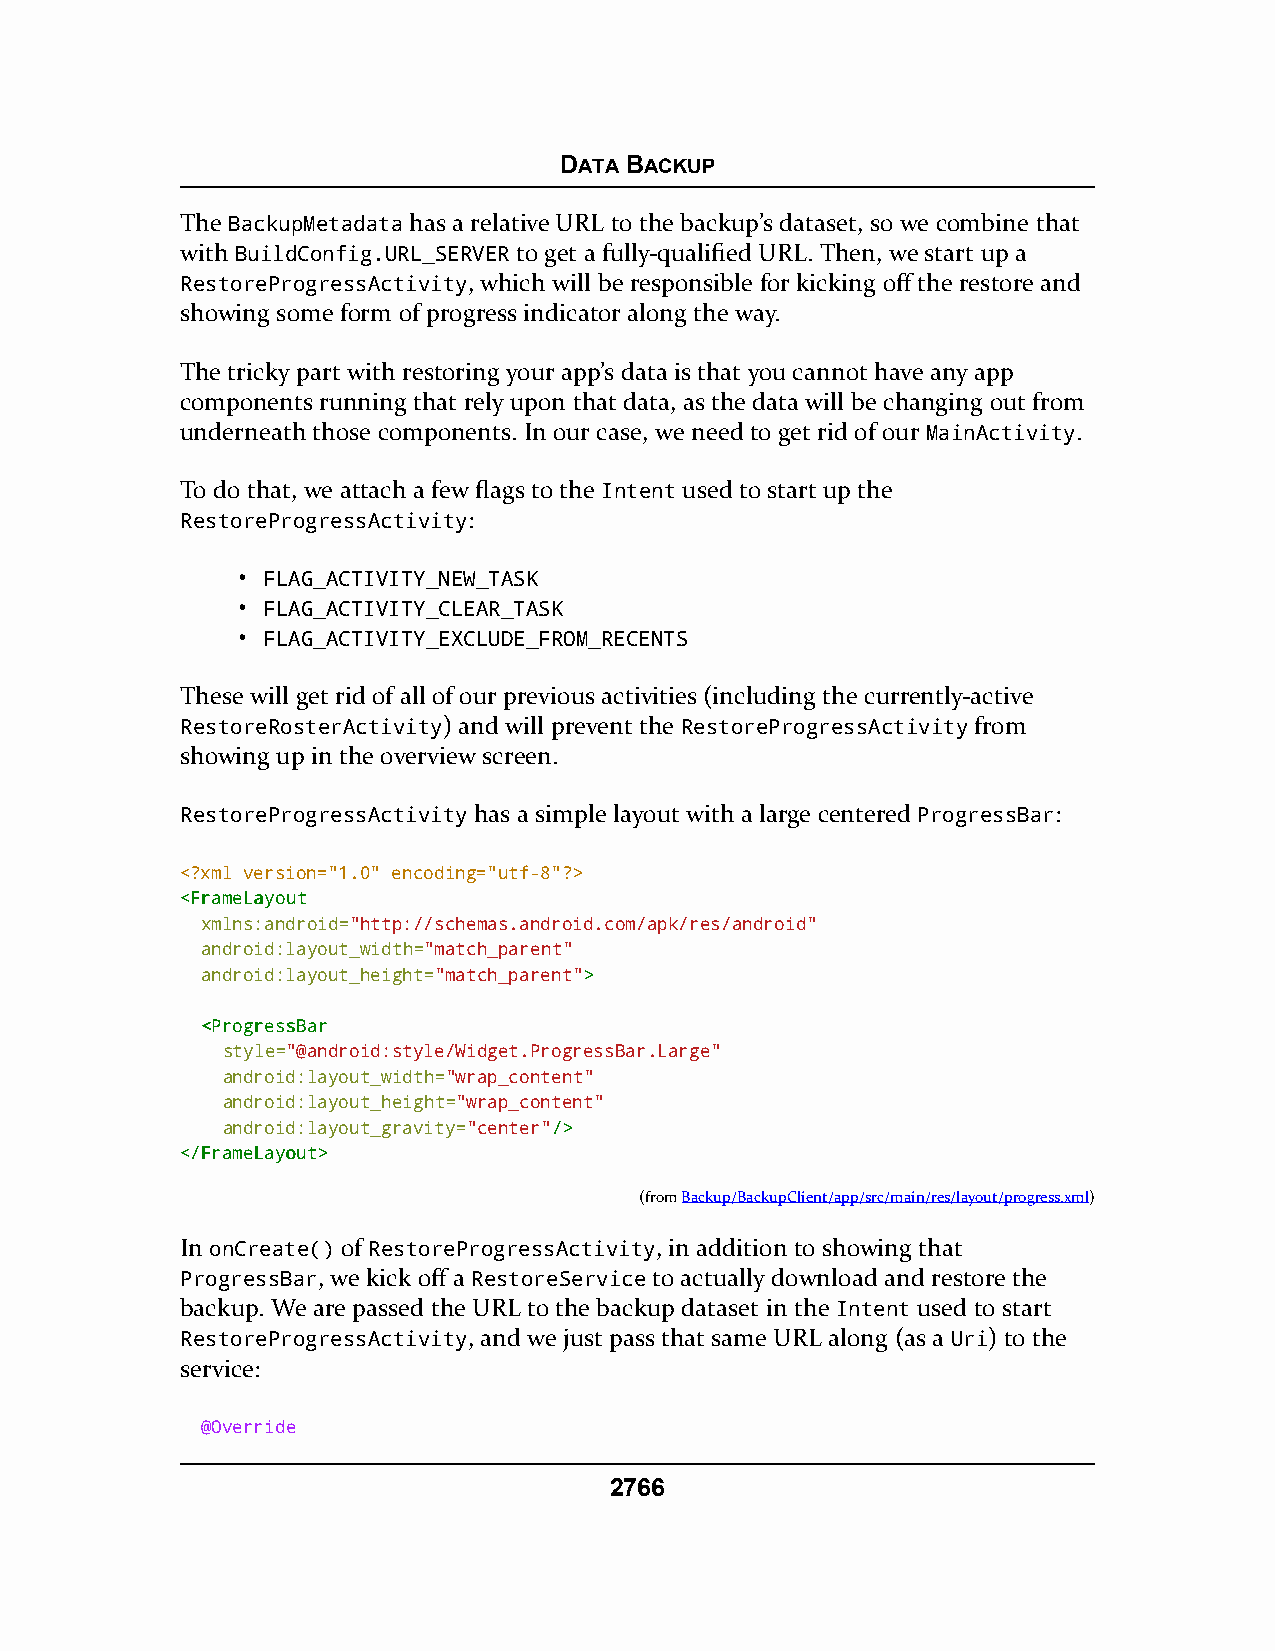
DATA BACKUP
 The BackupMetadata has a relative URL to the backup’s dataset, so we combine that
 with BuildConfig.URL_SERVER to get a fully-qualified URL. Then, we start up a
 RestoreProgressActivity, which will be responsible for kicking off the restore and
 showing some form of progress indicator along the way.
 The tricky part with restoring your app’s data is that you cannot have any app
 components running that rely upon that data, as the data will be changing out from
 underneath those components. In our case, we need to get rid of our MainActivity.
 To do that, we attach a few flags to the Intent used to start up the
 RestoreProgressActivity:
 • FLAG_ACTIVITY_NEW_TASK
 • FLAG_ACTIVITY_CLEAR_TASK
 • FLAG_ACTIVITY_EXCLUDE_FROM_RECENTS
 These will get rid of all of our previous activities (including the currently-active
 RestoreRosterActivity) and will prevent the RestoreProgressActivity from
 showing up in the overview screen.
 RestoreProgressActivity has a simple layout with a large centered ProgressBar:
 <?xml version="1.0" encoding="utf-8"?>
 <<FFrraammeeLLaayyoouutt
 xmlns:android="http://schemas.android.com/apk/res/android"
 android:layout_width="match_parent"
 android:layout_height="match_parent">>
 <<PPrrooggrreessssBBaarr
 style="@android:style/Widget.ProgressBar.Large"
 android:layout_width="wrap_content"
 android:layout_height="wrap_content"
 android:layout_gravity="center"//>>
 <<//FFrraammeeLLaayyoouutt>>
 (fromBackup/BackupClient/app/src/main/res/layout/progress.xml)
 In onCreate() of RestoreProgressActivity, in addition to showing that
 ProgressBar, we kick off a RestoreService to actually download and restore the
 backup. We are passed the URL to the backup dataset in the Intent used to start
 RestoreProgressActivity, and we just pass that same URL along (as a Uri) to the
 service:
 @Override
 2766